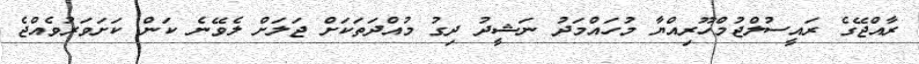
ރާއްޖޭގެ ރައީސުލްޖުމްހޫރިއްޔާ މުހައްމަދު ނަޝީދު ދިގު މުއްދަތަކަށް ޖަލަށް ލެވޭނެ ކަން ކަށަވަރުވެއްޖެ